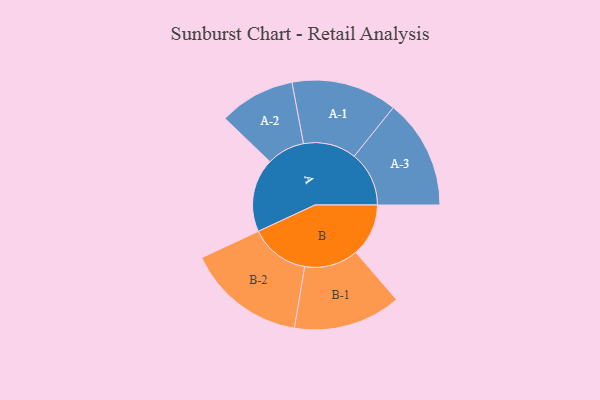
{"axis": {"x": "Segment", "y": "Value"}, "legend": ["", "A", "B"], "data": [{"x": "A", "y": 345, "type": ""}, {"x": "B", "y": 247, "type": ""}, {"x": "A-1", "y": 248, "type": "A"}, {"x": "A-2", "y": 178, "type": "A"}, {"x": "A-3", "y": 257, "type": "A"}, {"x": "B-1", "y": 252, "type": "B"}, {"x": "B-2", "y": 279, "type": "B"}]}